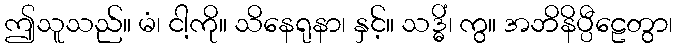
ဤသူသည်။ မံ၊ ငါ့ကို။ သိနေရုနာ၊ နှင့်။ သဒ္ဓိံ၊ ကွ။ အဘိနိပ္ပီဠေတွာ၊